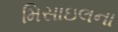
મિસાઇલના